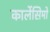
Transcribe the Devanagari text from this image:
कार्लेसिमो